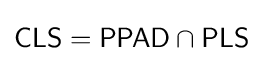
{\mathsf {CLS}}={\mathsf {PPAD}}\cap {\mathsf {PLS}}